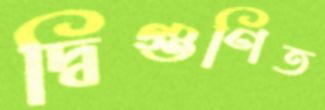
দ্বিগুণিত